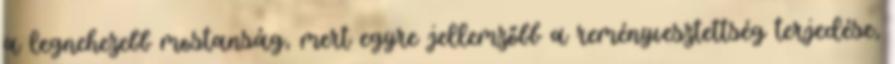
a legnehezebb mostanság, mert egyre jellemzőbb a reményvesztettség terjedése,